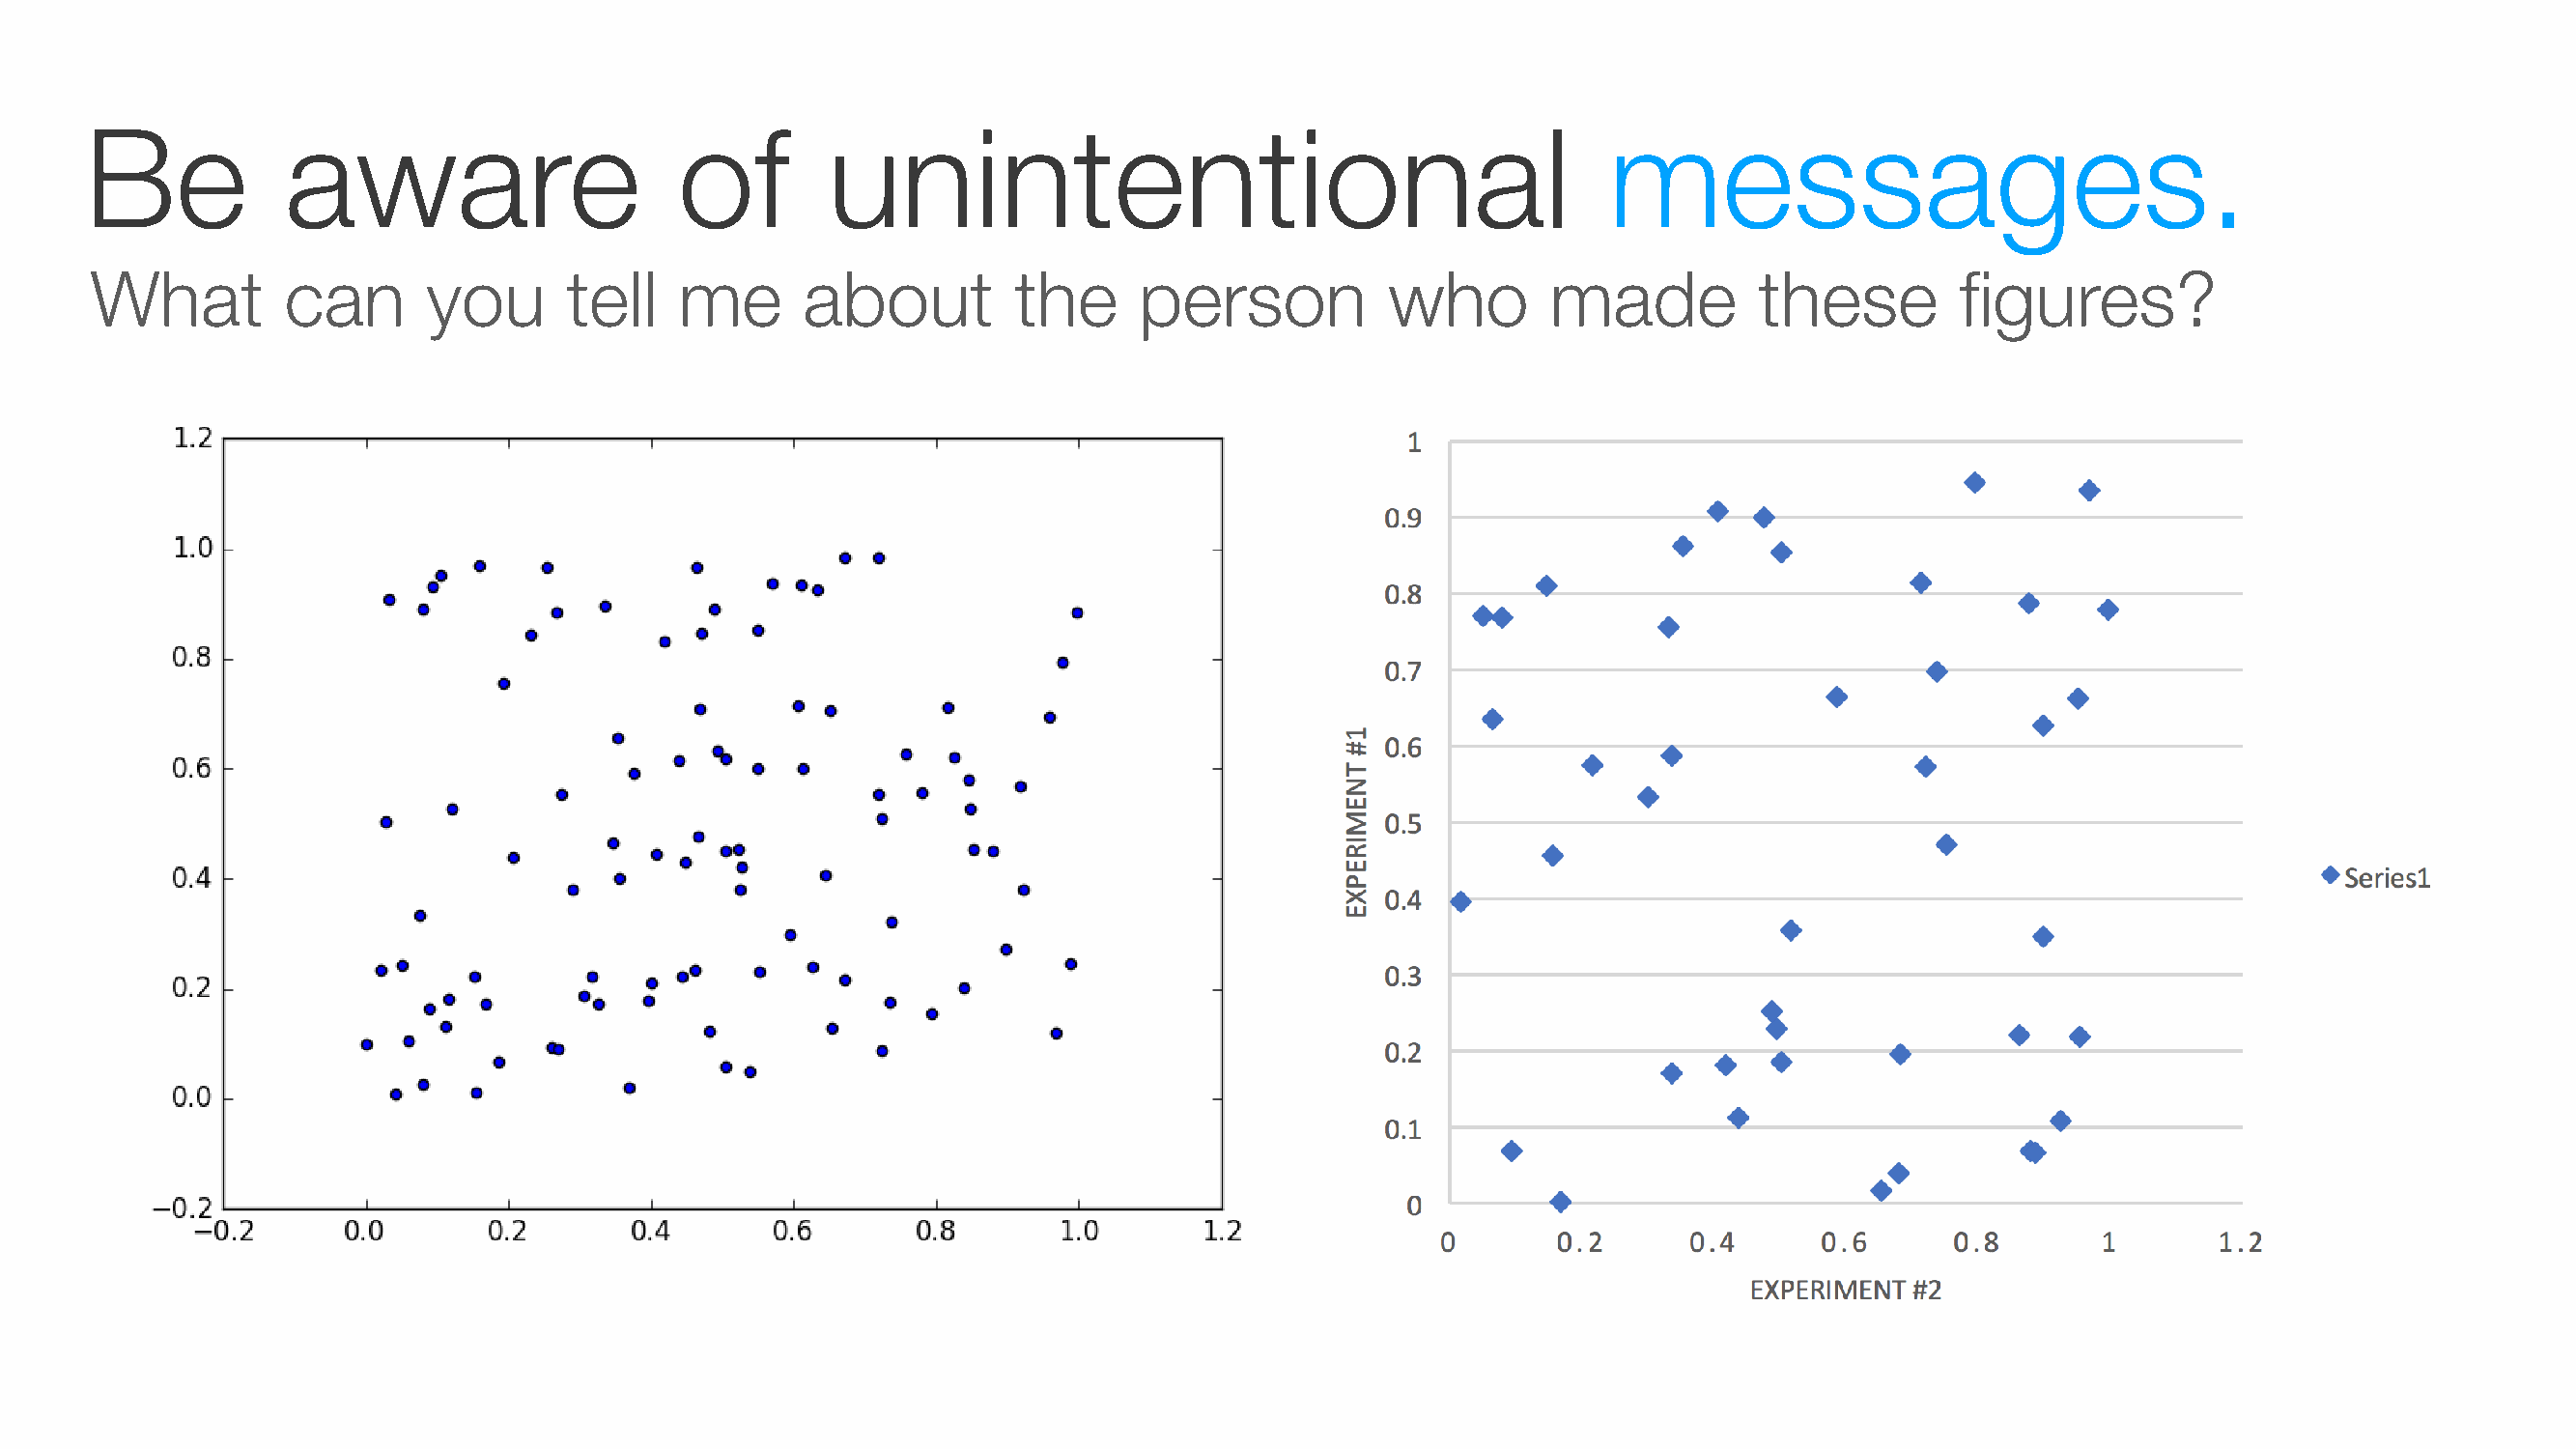
Be            aware                     of         unintentional                                        messages.
 What          can      you       tell   me       about          the     person           who        made          these         figures?